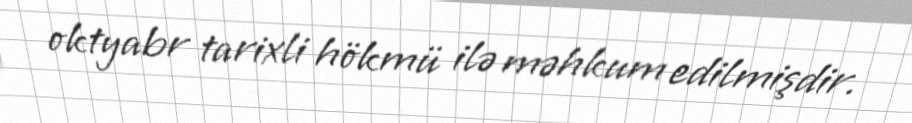
oktyabr tarixli hökmü ilə məhkum edilmişdir.